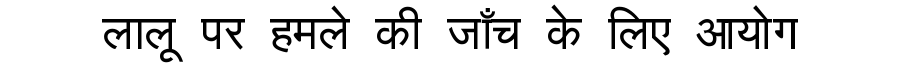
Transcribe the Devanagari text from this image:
लालू पर हमले की जाँच के लिए आयोग